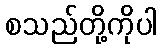
စသည်တို့ကိုပါ